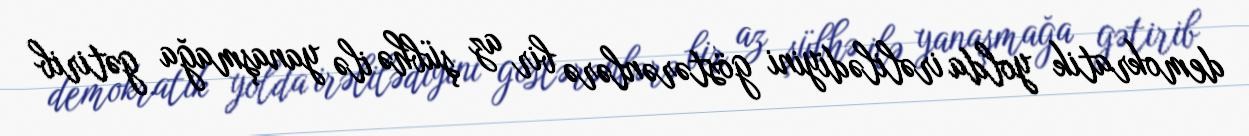
demokratik yolda irəlilədiyini göstərənlərə bir az şübhə ilə yanaşmağa gətirib